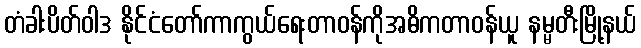
တံခါးပိတ်ဝါဒ နိုင်ငံတော်ကာကွယ်ရေးတာဝန်ကိုအဓိကတာဝန်ယူ နမ္မတီးမြို့နယ်